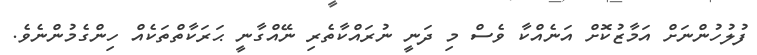
ފުލުހުންނަށް އަމާޒުކޮށް އަނެއްކާ ވެސް މި ދަނީ ނުރައްކާތެރި ނޭއްގާނީ ޙަރަކާތްތަކެއް ހިންގެމުންނެވެ.